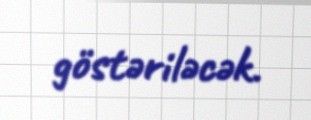
göstəriləcək.